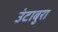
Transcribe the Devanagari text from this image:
उंटाबुरा